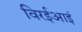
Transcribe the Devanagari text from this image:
विरईआइं